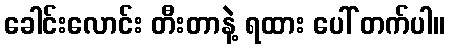
ခေါင်းလောင်း တီးတာနဲ့ ရထား ပေါ် တက်ပါ။